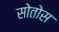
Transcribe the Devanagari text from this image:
सोतोस